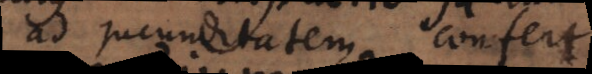
ad jucunditatem confert.